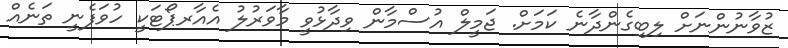
ޒުވާނުންނަށް ލިބިގެންދާނެ ކަމަށް. ޖަމީލް އުސްމާން ވިދާޅުވީ މާވަރުލު އެއާރޕޯޓަކީ ހުވަފެނީ ތަނެއް